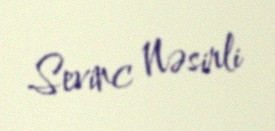
Sevinc Nəsirli